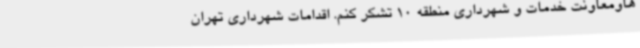
هاومعاونت خدمات و شهرداری منطقه 10 تشکر کنم. اقدامات شهرداری تهران